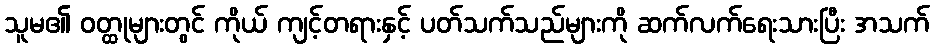
သူမ၏ ဝတ္ထုများတွင် ကိုယ် ကျင့်တရားနှင့် ပတ်သက်သည်များကို ဆက်လက်ရေးသားပြီး အသက်